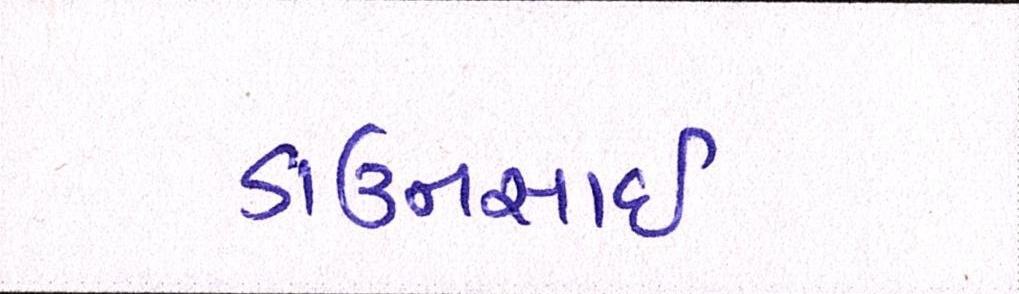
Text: ડાઉનસાઇ